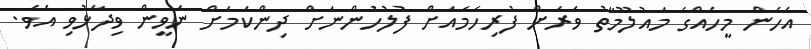
އެހެން މީހެއްގެ މައުލޫމާތު ވަރަށް ފުރިހަމައަށް ފުލުހުންނަށް ދިންކަމަށް ނަވީން ވިދާޅުވި އެވެ.